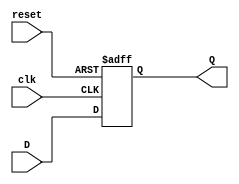
module FeedbackRegister (
    input wire clk,       // Clock signal
    input wire reset,     // Asynchronous reset signal
    input wire D,         // Data input
    output reg Q          // Data output (current state)
);

// Asynchronous reset functionality
always @ (posedge clk or posedge reset) begin
    if (reset) begin
        Q <= 1'b0;      // Set output to 0 on reset
    end else begin
        Q <= D;         // Capture input data on clock edge
    end
end

endmodule